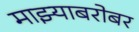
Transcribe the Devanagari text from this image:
माझ्याबरोबर